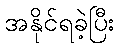
အနိုင်ရခဲ့ပြီး